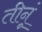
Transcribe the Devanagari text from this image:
तीनूं